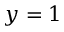
\boldsymbol y = 1